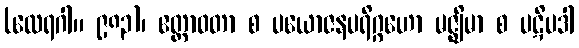
(ထေရဂါ။ ၉၈၃)၊ ဧတ္တာဝတာ စ ပယောဇနပရိဂ္ဂဟော မဇ္ဈိမာ စ ပဋိပဒါ